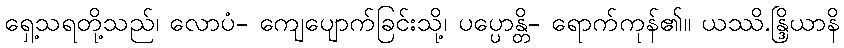
ရှေ့သရတို့သည်၊ လောပံ- ကျေပျောက်ခြင်းသို့၊ ပပ္ပောန္တိ- ရောက်ကုန်၏။ ယဿိ.န္ဒြိယာနိ